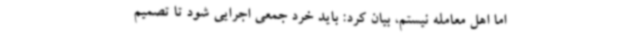
اما اهل معامله نیستم، بیان کرد: باید خرد جمعی اجرایی شود تا تصمیم